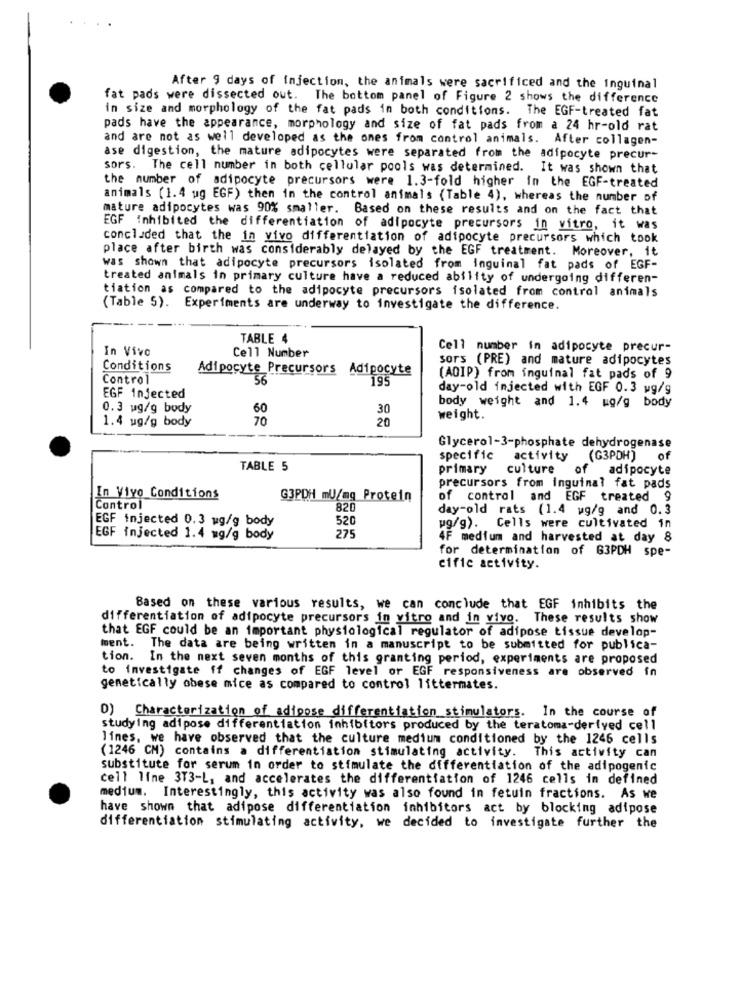
After 9 days of injection, the animals were sacrificed and the inguinal
fat pads were dissected out. The bottom panel of Figure 2 shows the difference
in size and morphology of the fat pads in both conditions. The EGF-treated fat
pads have the appearance, morphology and size of fat pads from a 24 hr-old rat
and are not as well developed as the ones from control animals. After collagen-
ase digestion, the mature adipocytes were separated from the adipocyte precur-
sors. The cell number in both cellular pools was determined. It was shown that
the number of adipocyte precursors were 1.3-fold higher in the EGF-treated
animals (1.4 ug EGF) then in the control animals (Table 4), whereas the number of
mature adipocytes was 90% smaller. Based on these results and on the fact that
EGF inhibited the differentiation of adipocyte precursors in vitro, it was
concluded that the in vivo differentiation of adipocyte precursors which took
place after birth was considerably delayed by the EGF treatment. Moreover, it
was shown that adipocyte precursors isolated from inguinal fat pads of EGF-
treated animals in primary culture have a reduced ability of undergoing differen-
tiation as compared to the adipocyte precursors isolated from control animals
(Table 5). Experiments are underway to investigate the difference.
TABLE 4
In Vivo
Cell Number
Cell number in adipocyte precur-
sors (PRE) and mature adipocytes
Conditions
Adipocyte Precursors Adipocyte
Control
56
195
(ADIP) from inguinal fat pads of 9
day-old injected with EGF 0.3 wg/g
EGF injected
0.3 ug/g body
60
30
body weight and 1.4 ug/g body
1.4 ug/g body
70
20
weight.
Glycerol-3-phosphate dehydrogenase
specific
activity
(G3PDH)
of
TABLE 5
primary
culture
of
adipocyte
precursors from inguinal fat pads
In Vivo Conditions
G3PDH mU/mg Protein
of control and EGF treated 9
Control
820
day-old rats (1.4 wg/g and 0.3
EGF injected 0.3 ug/g body
520
275
wg/g). Cells were cultivated in
EGF injected 1.4 mg/g body
4F medium and harvested at day 8
for determination of 63PDH spe-
cific activity.
Based on these various results, we can conclude that EGF inhibits the
differentiation of adipocyte precursors in vitro and in vivo. These results show
that EGF could be an important physiological regulator of adipose tissue develop-
ment. The data are being written in a manuscript to be submitted for publica-
tion. In the next seven months of this granting period, experiments are proposed
to investigate ff changes of EGF level or EGF responsiveness are observed in
genetically obese mice as compared to control littermates.
D) Characterization of adipose differentiation stimulators. In the course of
studying adipose differentiation inhibitors produced by the teratoma-derived cell
lines, we have observed that the culture medium conditioned by the 1246 cells
This activity can
(1246 CM) contains a differentiation stimulating activity.
substitute for serum in order to stimulate the differentiation of the adipogenic
cell line 373-L, and accelerates the differentiation of 1246 cells in defined
medium. Interestingly, this activity was also found in fetuin fractions. As we
have shown that adipose differentiation inhibitors act by blocking adipose
differentiation stimulating activity, we decided to investigate further the